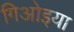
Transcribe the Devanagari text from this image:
गिओइया